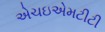
એચઇએમટીટી